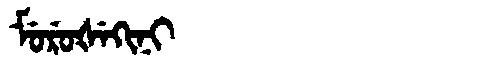
Manchu: ᠮᡠᡵᡠᡧᡝᡴᡳᠨᡳ
Romanization: MURUŠEKINI